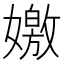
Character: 嬓